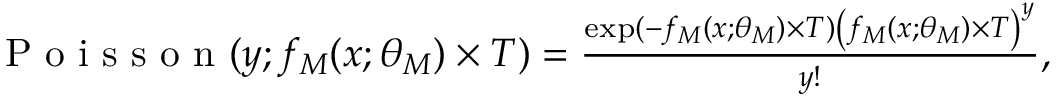
\begin{array} { r } { \textup { P o i s s o n } ( y ; f _ { M } ( x ; \theta _ { M } ) \times T ) = \frac { \exp ( - f _ { M } ( x ; \theta _ { M } ) \times T ) \left( f _ { M } ( x ; \theta _ { M } ) \times T \right) ^ { y } } { y ! } , } \end{array}